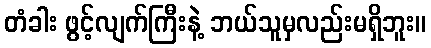
တံခါး ဖွင့်လျက်ကြီးနဲ့ ဘယ်သူမှလည်းမရှိဘူး။